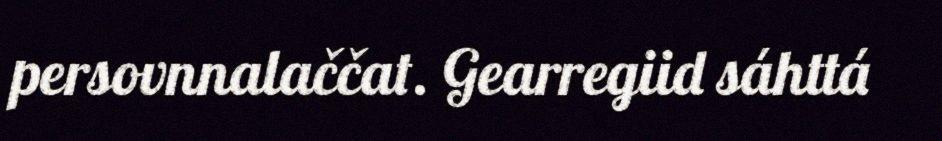
persovnnalaččat. Gearregiid sáhttá